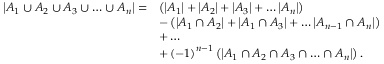
{ \begin{array} { r l } { \left| A _ { 1 } \cup A _ { 2 } \cup A _ { 3 } \cup \ldots \cup A _ { n } \right| = } & { \left( \left| A _ { 1 } \right| + \left| A _ { 2 } \right| + \left| A _ { 3 } \right| + \ldots \left| A _ { n } \right| \right) } \\ & { - \left( \left| A _ { 1 } \cap A _ { 2 } \right| + \left| A _ { 1 } \cap A _ { 3 } \right| + \ldots \left| A _ { n - 1 } \cap A _ { n } \right| \right) } \\ & { + \ldots } \\ & { + \left( - 1 \right) ^ { n - 1 } \left( \left| A _ { 1 } \cap A _ { 2 } \cap A _ { 3 } \cap \ldots \cap A _ { n } \right| \right) . } \end{array} }